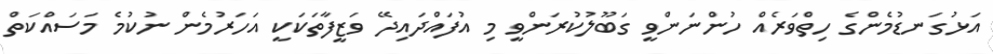
އަޅުގަނޑުމެންގެ ހިތްވަރެއް ހުންނަންވީ ގަބޫލުކުރަންވީ މި އުފައްދައިދޭ ވަޒީފާތަކަކީ އަހަރުމެން ނުކުމެ މަސައްކަތް